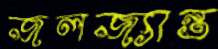
জলজ্যান্ত